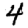
Digit: 4